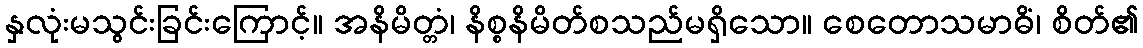
နှလုံးမသွင်းခြင်းကြောင့်။ အနိမိတ္တံ၊ နိစ္စနိမိတ်စသည်မရှိသော။ စေတောသမာဓိံ၊ စိတ်၏